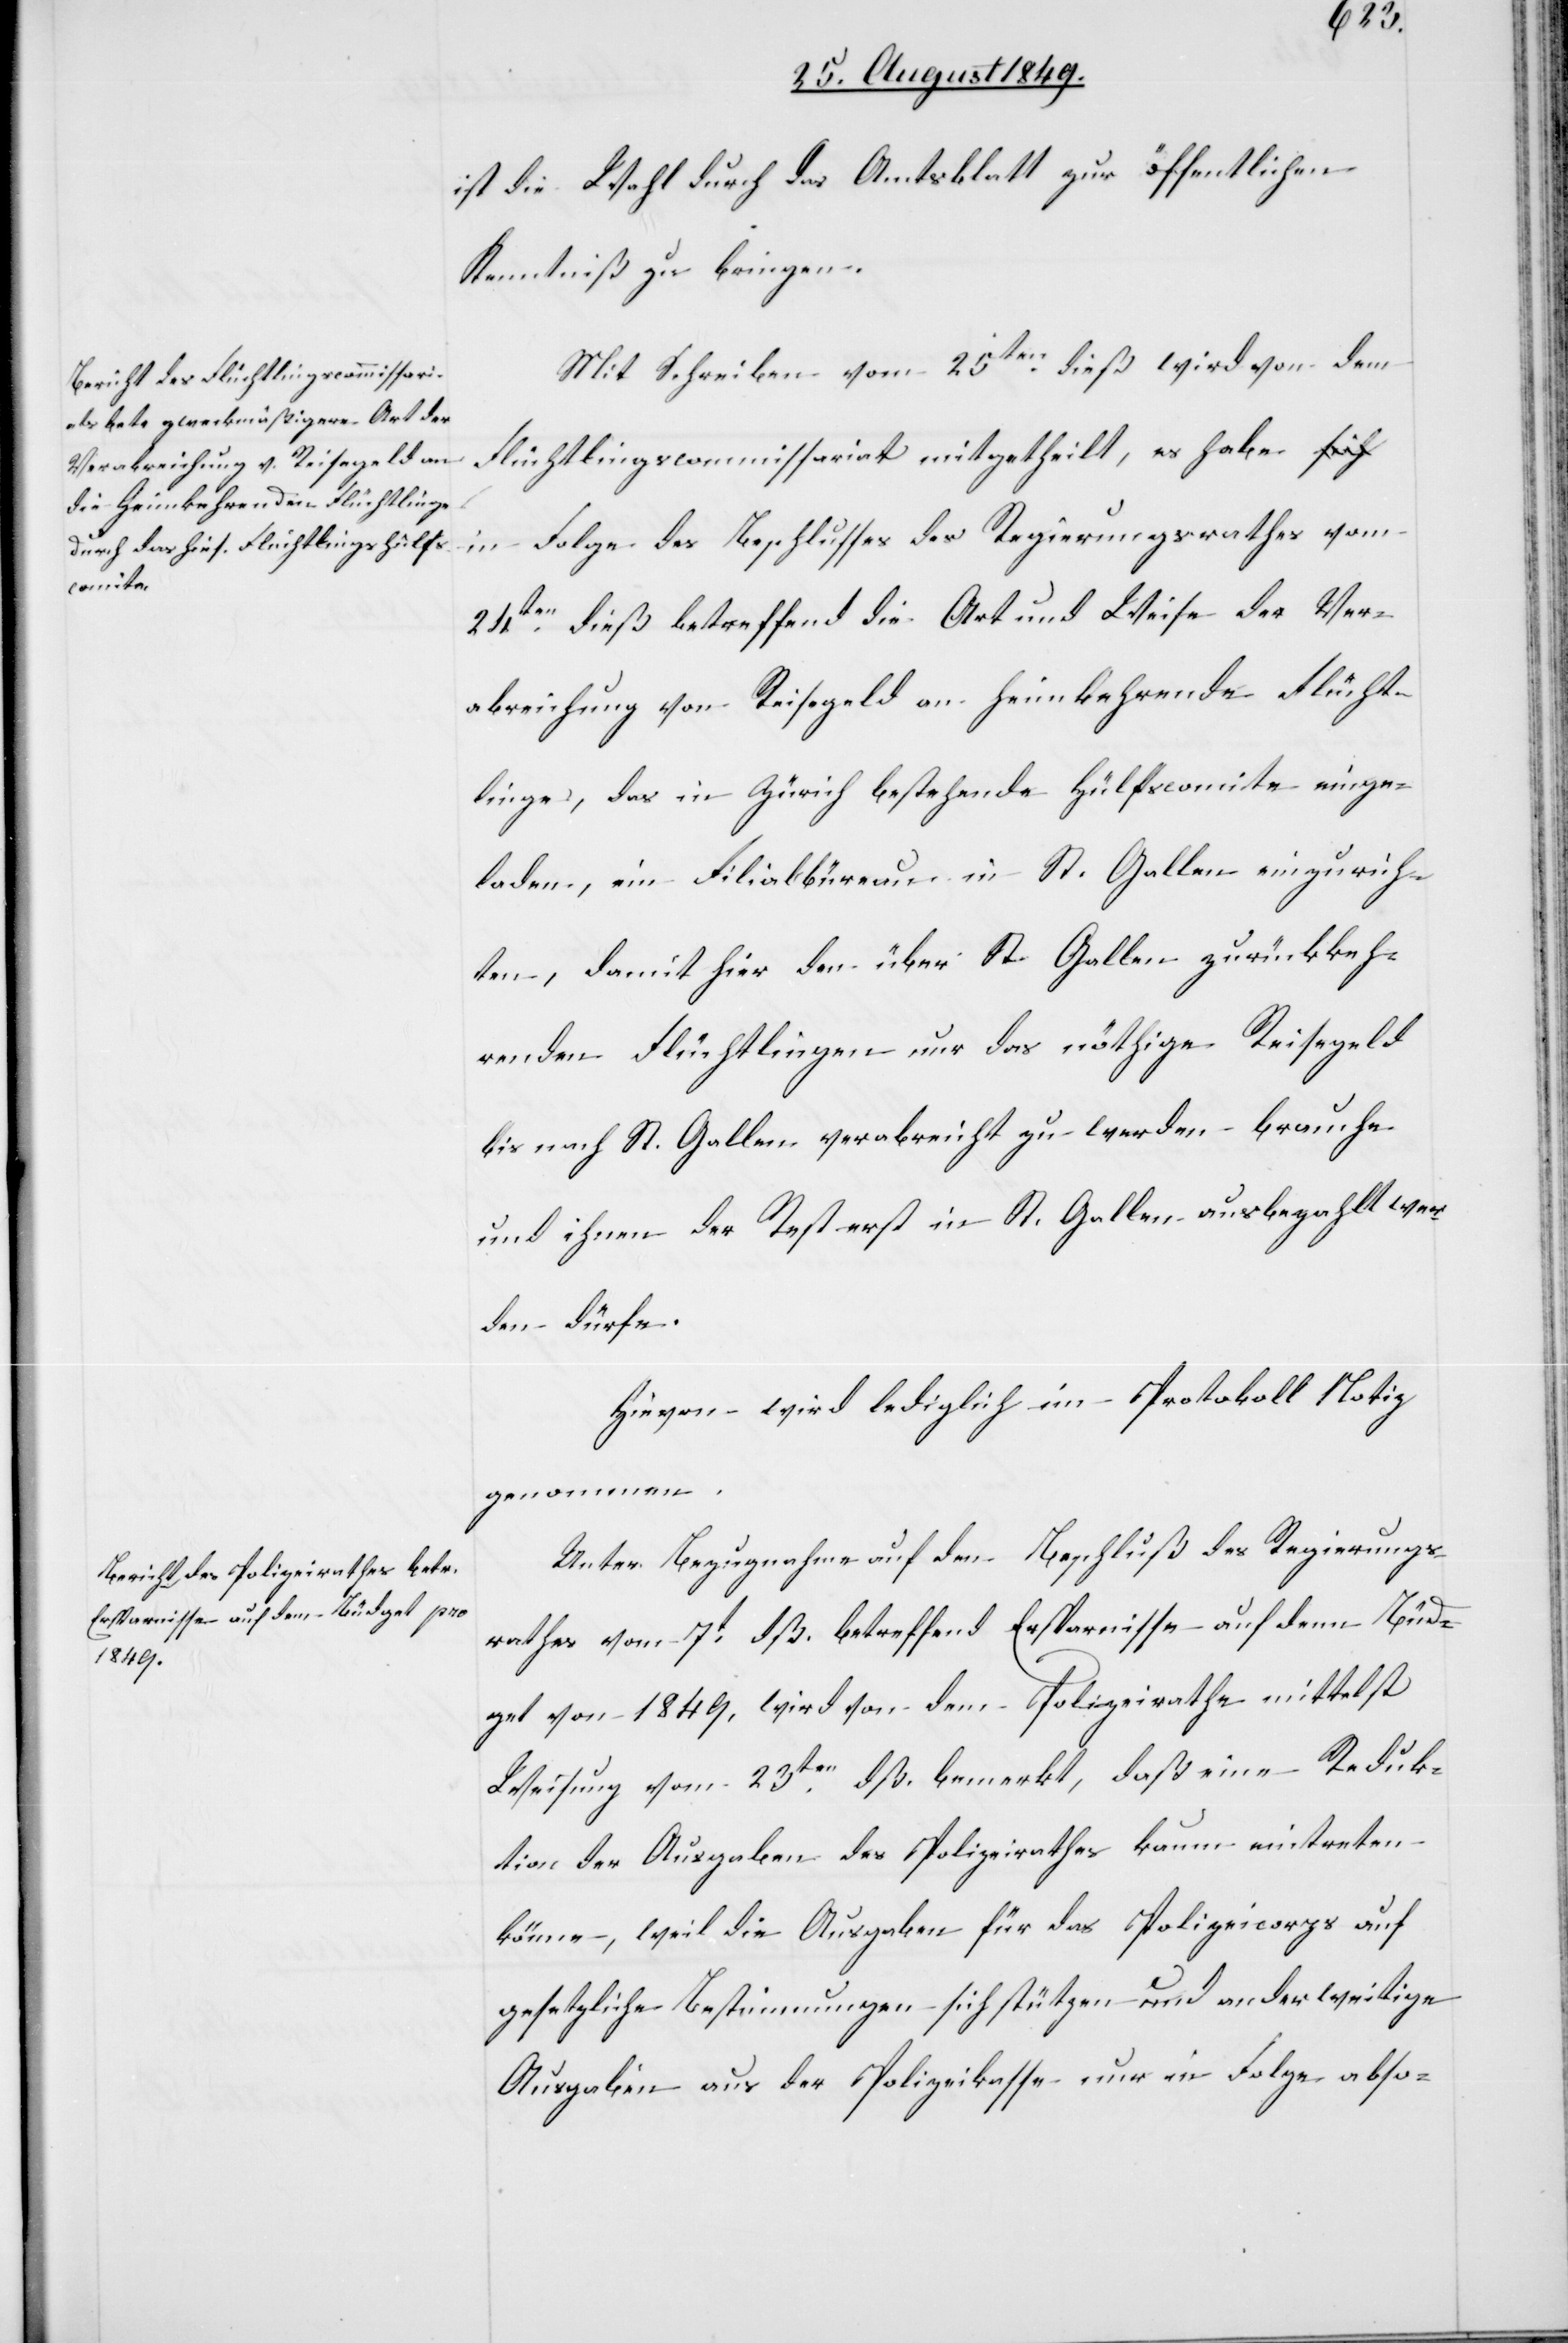
Büd¬
ist die Wahl durch das Amtsblatt zur öffentlichen
Kenntniß zu bringen.
Mit Schreiben vom 25ten dieß wird von dem
Flüchtlingscommissariat mitgetheilt, es habe i¬
n Folge des Beschlusses des Regierungsrathes vom
24ten dieß betreffend die Art und Weise der Ver¬
abreichung von Reisegeld an Heimkehrende Flücht¬
linge, das in Zürich bestehende Hülfscomite einge¬
laden, ein Filialbüreau in St. Gallen einzurich¬
ten, damit hier den über St. Gallen zurückkeh¬
renden Flüchtlingen nur das nöthige Reisegeld
bis nach St. Gallen verabreicht zu werden brauche
und ihnen der Rest erst in St. Gallen ausbezahlt wer¬
den dürfe.
Hievon wird lediglich im Protokoll Notiz
genommen.
Unter Bezugnahme auf den Beschluß des Regierungs¬
rathes vom 7t dß. betreffend Ersparnisse auf denn
get von 1849. wird von dem Polizeirathe mittelst
Weisung vom 23ten dß. bemerkt, daß eine Reduk¬
tion der Ausgaben des Polizeirathes kaum eintreten
könne, weil die Ausgaben für das Polizeicorps auf
gesetzliche Bestimmungen sich stützen und anderweitige
Ausgaben aus der Polizeikasse nur in Folge abso-